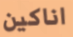
اناكين